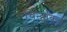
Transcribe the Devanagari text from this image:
चिन्हांकन